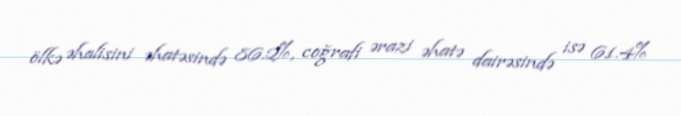
ölkə əhalisini əhatəsində 86.2%, coğrafi ərazi əhatə dairəsində isə 61.4%